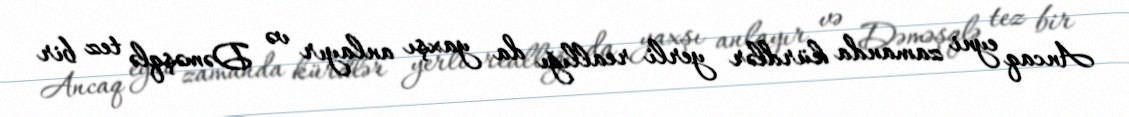
Ancaq eyni zamanda kürdlər yerli reallığı da yaxşı anlayır və Dəməşqlə tez bir